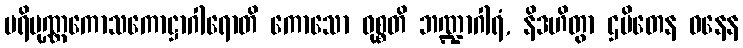
ပရိပုဏ္ဏကောသကောဋ္ဌာဂါရောတိ ကောသော ဝုစ္စတိ ဘဏ္ဍာဂါရံ, နိဒဟိတွာ ဌပိတေန ဓနေန